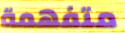
متفهمة